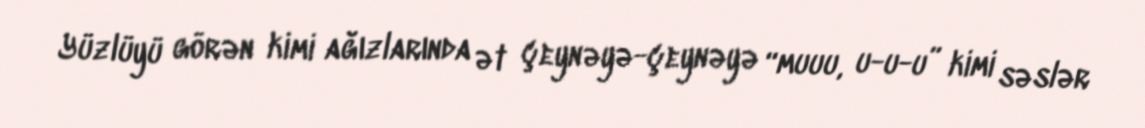
Yüzlüyü görən kimi ağızlarında ət çeynəyə-çeynəyə “muuu, u-u-u” kimi səslər